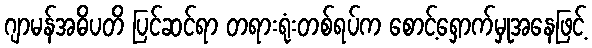
ဂျာမန်အဓိပတိ ပြင်ဆင်ရာ တရားရုံးတစ်ရပ်က စောင့်ရှောက်မှုအနေဖြင့်